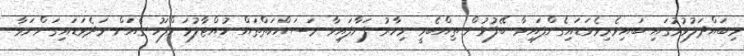
މިބައްދަލުވުމުގައި ބައިވެރިވެވަޑައިގެންފައިވާ ބޭފުޅުން ތިއްބެވީ މިހާރު ފަށާފައިވާ މަސައްކަތްތައް ހުއްޓާލުމަށްފަހު ގެއަށް ވަދެވަޑައިގަންނަވާ